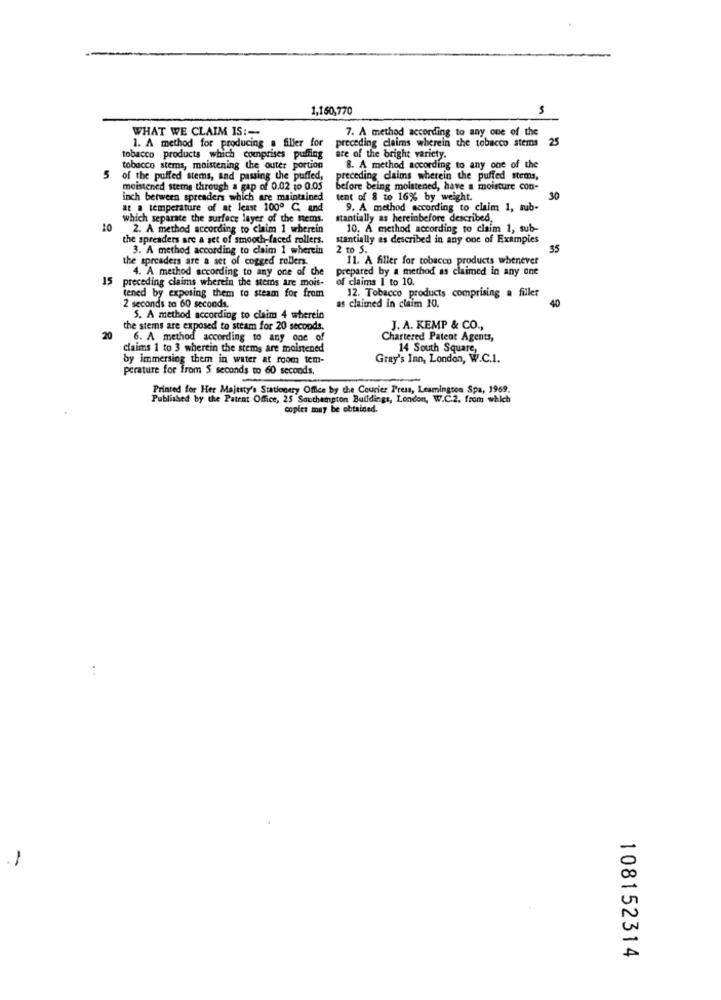
1,160,770
WHAT WE CLAIM IS :-
7. A method according to any one of the
1. A method for producing a filler for
preceding claims wherein the tobacco stems
25
tobacco products which comprises puffing
are of the bright variety.
tobacco stems, moistening the outer portion
8. A method according to any one of the
5
of the puffed stems, and passing the puffed,
preceding claims wherein the puffed stems,
meistened steme through a gap of 0.02 10 0.05
before being moistened, have a moisture con-
inch between spreaders which are maintained
tent of 8 to 16% by weight.
30
at a temperature of at least 100º C, and
9. A method according to claim 1, sub-
which separate the surface layer of the stems.
stantially as hereinbefore described,
10
2. A method according to claim 1 wherein
10. A method according to claim 1, sub-
the spreaders are a set of smooth-faced rollers.
stantially as described in any one of Examples
3. A method according to claim 1 wherein
2 to S.
55
the spreaders are a set of cogged rollers.
11. A filler for tobacco products whenever
4. A method according to any one of the
prepared by a method as claimed in any one
15
preceding claims wherein the stems are mois-
of claims 1 to 10.
tened by exposing them to steam for from
12. Tobacco products comprising a filler
as claimed in claim 10.
40
2 seconds to 60 seconds.
5. A method according to claim 4 wherein
the stems are exposed to steam for 20 seconds.
J. A. KEMP & CO .,
20
6. A method according to any one of
Chartered Patent Agents,
claims 1 to 3 wherein the stems are moistened
14 South Square,
by immersing them in water at room tem-
Gray's Inn, London, W.C.1.
perature for from 5 seconds to 60 seconds.
Printed for Her Majesty's Stationery Office by the Courier Press, Leamington Spa, 1969.
Published by the Patent Office, 25 Southampton Buildings, London, W.C.2. from which
copies may be obtained.
108152314